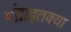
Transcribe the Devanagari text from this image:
चंद्राइतक्या